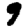
Digit: 9